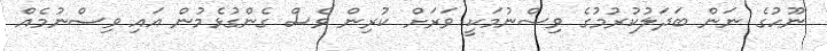
ނޫހުގެ ނަން ބަދަލުކުރުމުގެ ވިސްނުމަކީ ވަރަށް ކުރިން ވެސް ގެންގުޅެމުން އައި ވިސްނުމެއް